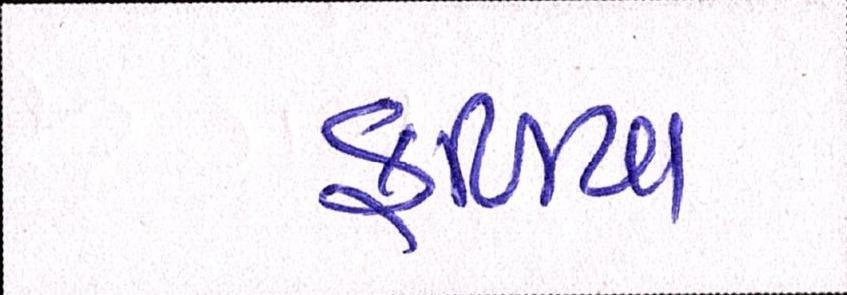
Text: ફળિયા